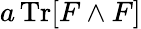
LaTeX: a\operatorname{Tr}[F\wedge F]